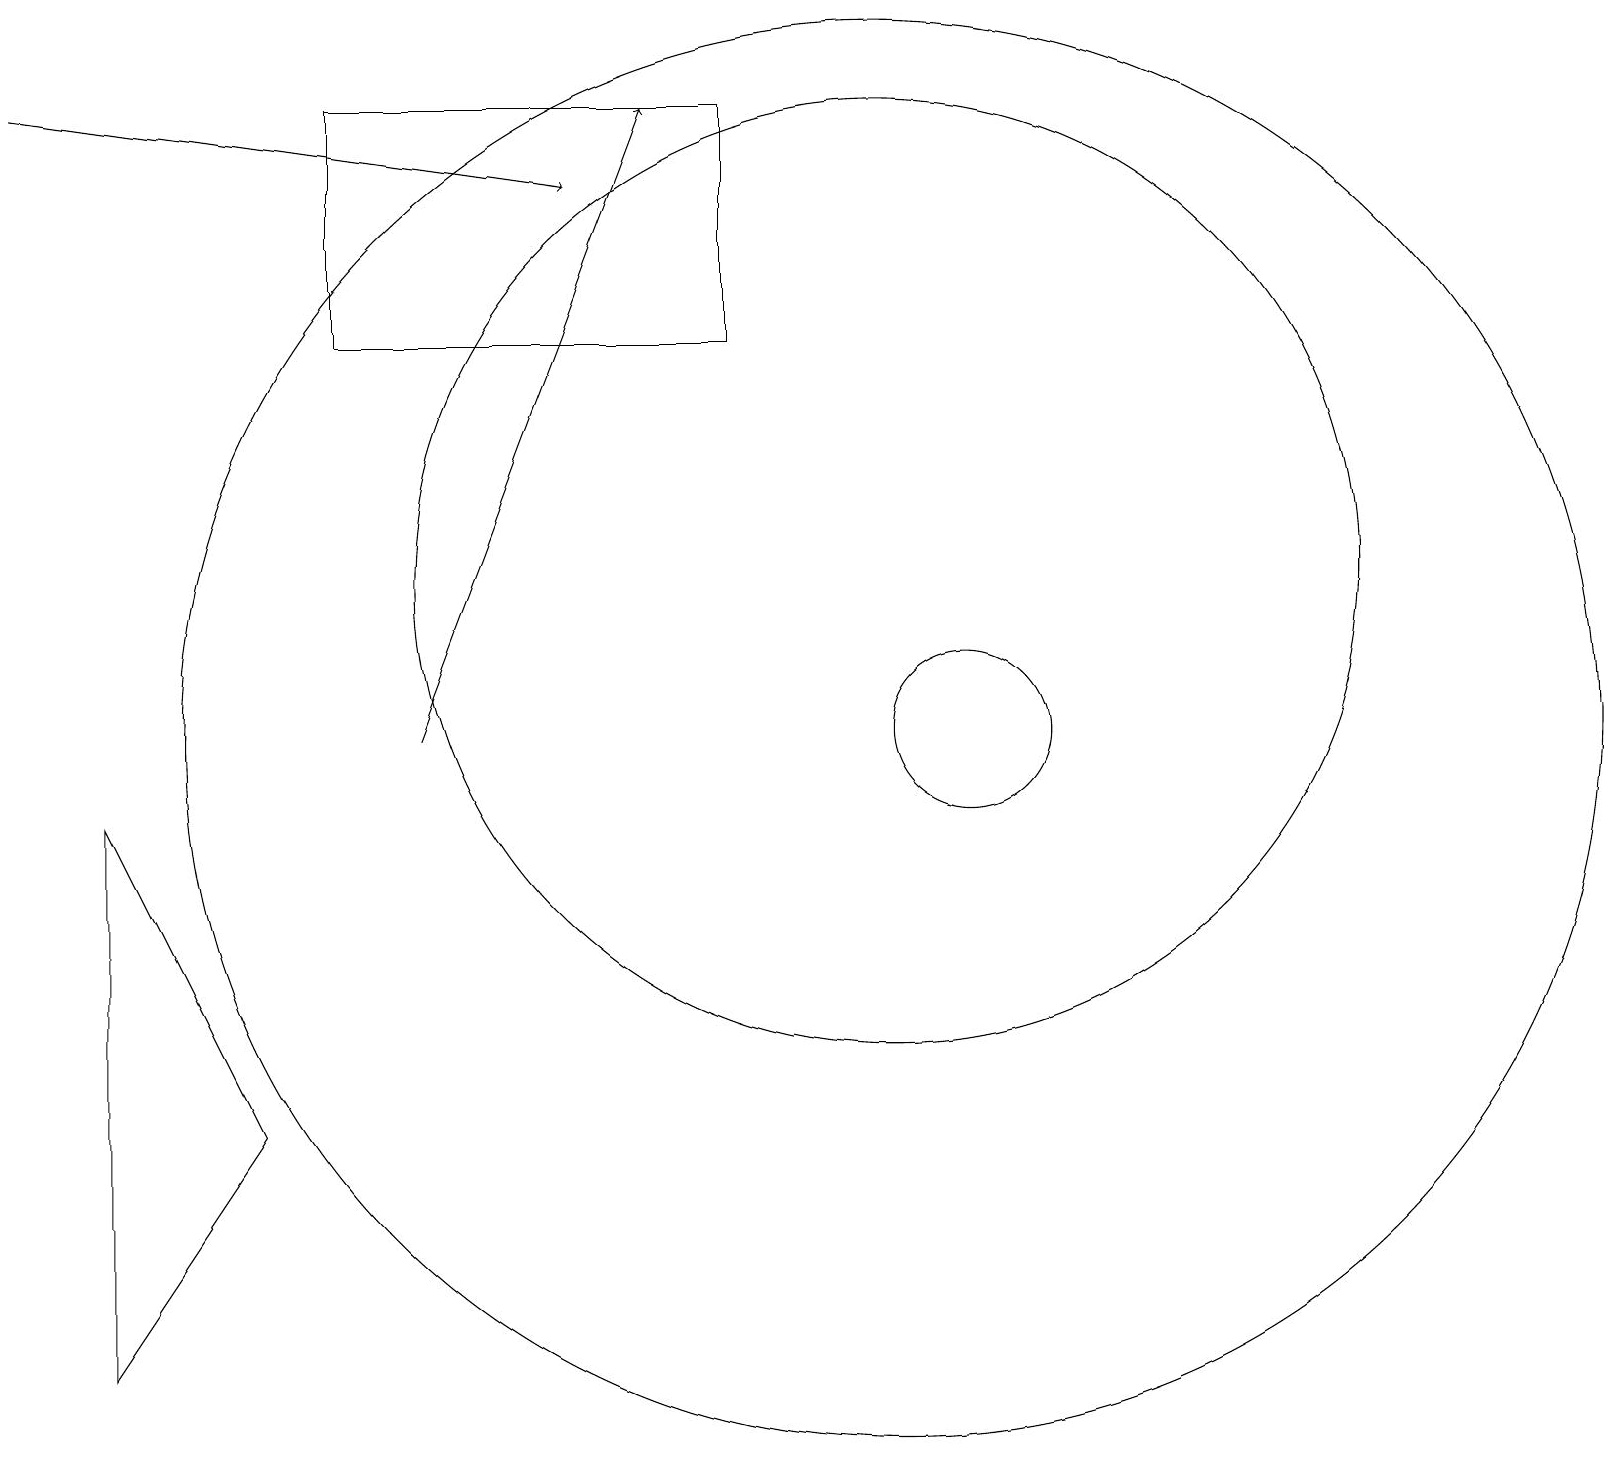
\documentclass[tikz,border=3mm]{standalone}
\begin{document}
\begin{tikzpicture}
\draw[->] (0,18) -- (7,17);
\draw (9,15) rectangle (4,18);
\draw (1,9) -- (3,5) -- (1,2) -- cycle;
\draw[->] (5,10) -- (8,18);
\draw (11,12) circle (6);
\draw (11,10) circle (9);
\draw (12,10) circle (1);
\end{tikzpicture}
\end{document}